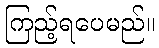
ကြည့်ရပေမည်။